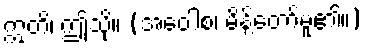
ဣတိ၊ ဤသို့။ (အဝေါစ၊ မိန့်တော်မူ၏။)